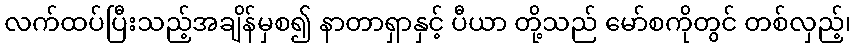
လက်ထပ်ပြီးသည့်အချိန်မှစ၍ နာတာရှာနှင့် ပီယာ တို့သည် မော်စကိုတွင် တစ်လှည့်၊